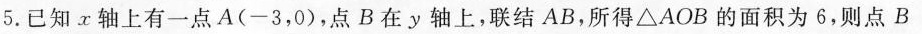
5. 已知x轴上有一点A(-3，0)，点B在y轴上，联结AB，所得△AOB 的面积为6，则点B